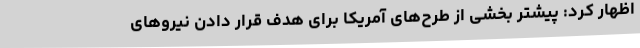
اظهار کرد: پیشتر بخشی از طرح‌های آمریکا برای هدف قرار دادن نیروهای